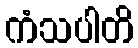
ကံသပါတိ